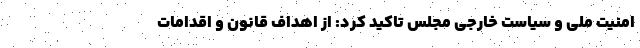
امنیت ملی و سیاست خارجی مجلس تاکید کرد: از اهداف قانون و اقدامات